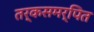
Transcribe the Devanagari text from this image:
तर्कसमर्पित